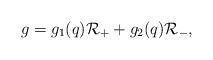
\begin{align*}g=g_1(q){\cal R}_++g_2(q){\cal R}_-,\end{align*}